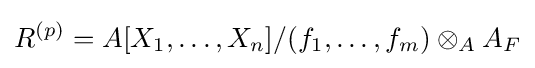
R^{(p)}=A[X_{1},\ldots ,X_{n}]/(f_{1},\ldots ,f_{m})\otimes _{A}A_{F}